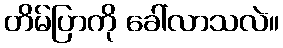
တိမ်ပြာကို ခေါ်လာသလဲ။